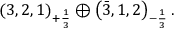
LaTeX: ( 3 , 2 , 1 ) _ { + { \frac { 1 } { 3 } } } \oplus \left( { \bar { 3 } } , 1 , 2 \right) _ { - { \frac { 1 } { 3 } } } .